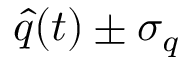
\hat { q } ( t ) \pm \sigma _ { q }